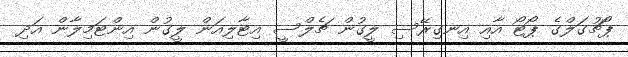
ޕޯޗުގަލްގެ ޕޯޓޯ އާއި އިނގިރޭސި ލީގުން ޗެލްސީ އިޓާލިއަން ލީގުން އިންޓަމިލާން އަދި